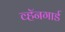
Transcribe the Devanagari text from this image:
व्हॅनगार्ड